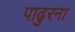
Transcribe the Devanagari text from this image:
पाढुरना